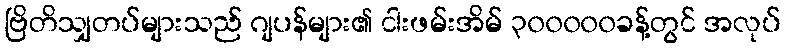
ဗြိတိသျှတပ်များသည် ဂျပန်များ၏ ငါးဖမ်းအိမ် ၃၀၀၀၀၀ခန့်တွင် အလုပ်